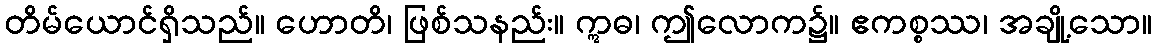
တိမ်ယောင်ရှိသည်။ ဟောတိ၊ ဖြစ်သနည်း။ ဣဓ၊ ဤလောက၌။ ဧကစ္စဿ၊ အချို့သော။